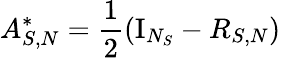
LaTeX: A_{S,N}^{*}=\frac 12(\mathrm{I}_{N_{S}}-R_{S,N})